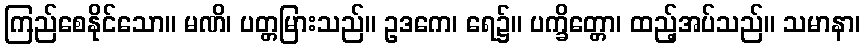
ကြည်စေနိုင်သော။ မဏိ၊ ပတ္တမြားသည်။ ဥဒကေ၊ ရေ၌။ ပက္ခိတ္တော၊ ထည့်အပ်သည်။ သမာနာ၊